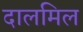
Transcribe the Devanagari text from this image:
दालमिल